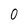
Character: 0